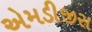
એમડીજીસ